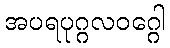
အပရပုဂ္ဂလဝဂ္ဂေါ